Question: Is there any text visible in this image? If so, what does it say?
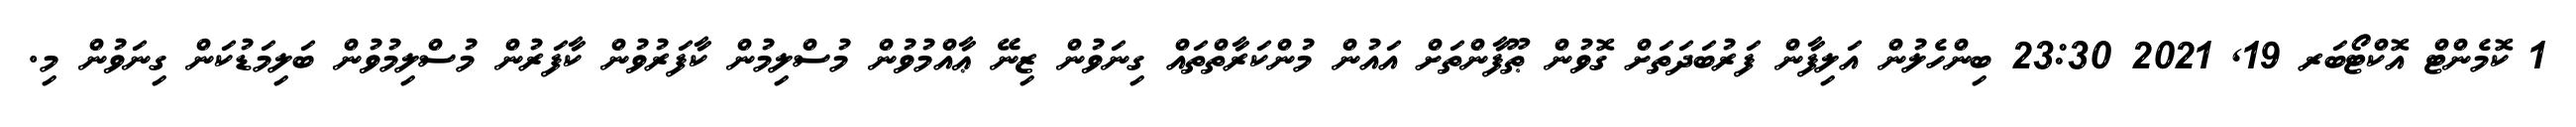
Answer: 1 ކޮމެންޓް އޮކްޓޯބަރ 19, 2021 23:30 ބިންހެލުން އަލިފާން ފަރުބަދަތަށް ގޮވުން ޠޫފާންތަށް އައުން މުންކަރާތްތައް ގިނަވުން ޒިނޭ ޢާއްމުވުން މުސްލިމުން ކާފަރުވުން ކާފަރުން މުސްލިމުވުން ބަލިމަޑުކަން ގިނަވުން މި.